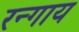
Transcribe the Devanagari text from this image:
रन्गाय